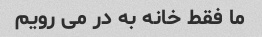
ما فقط خانه به در می رویم